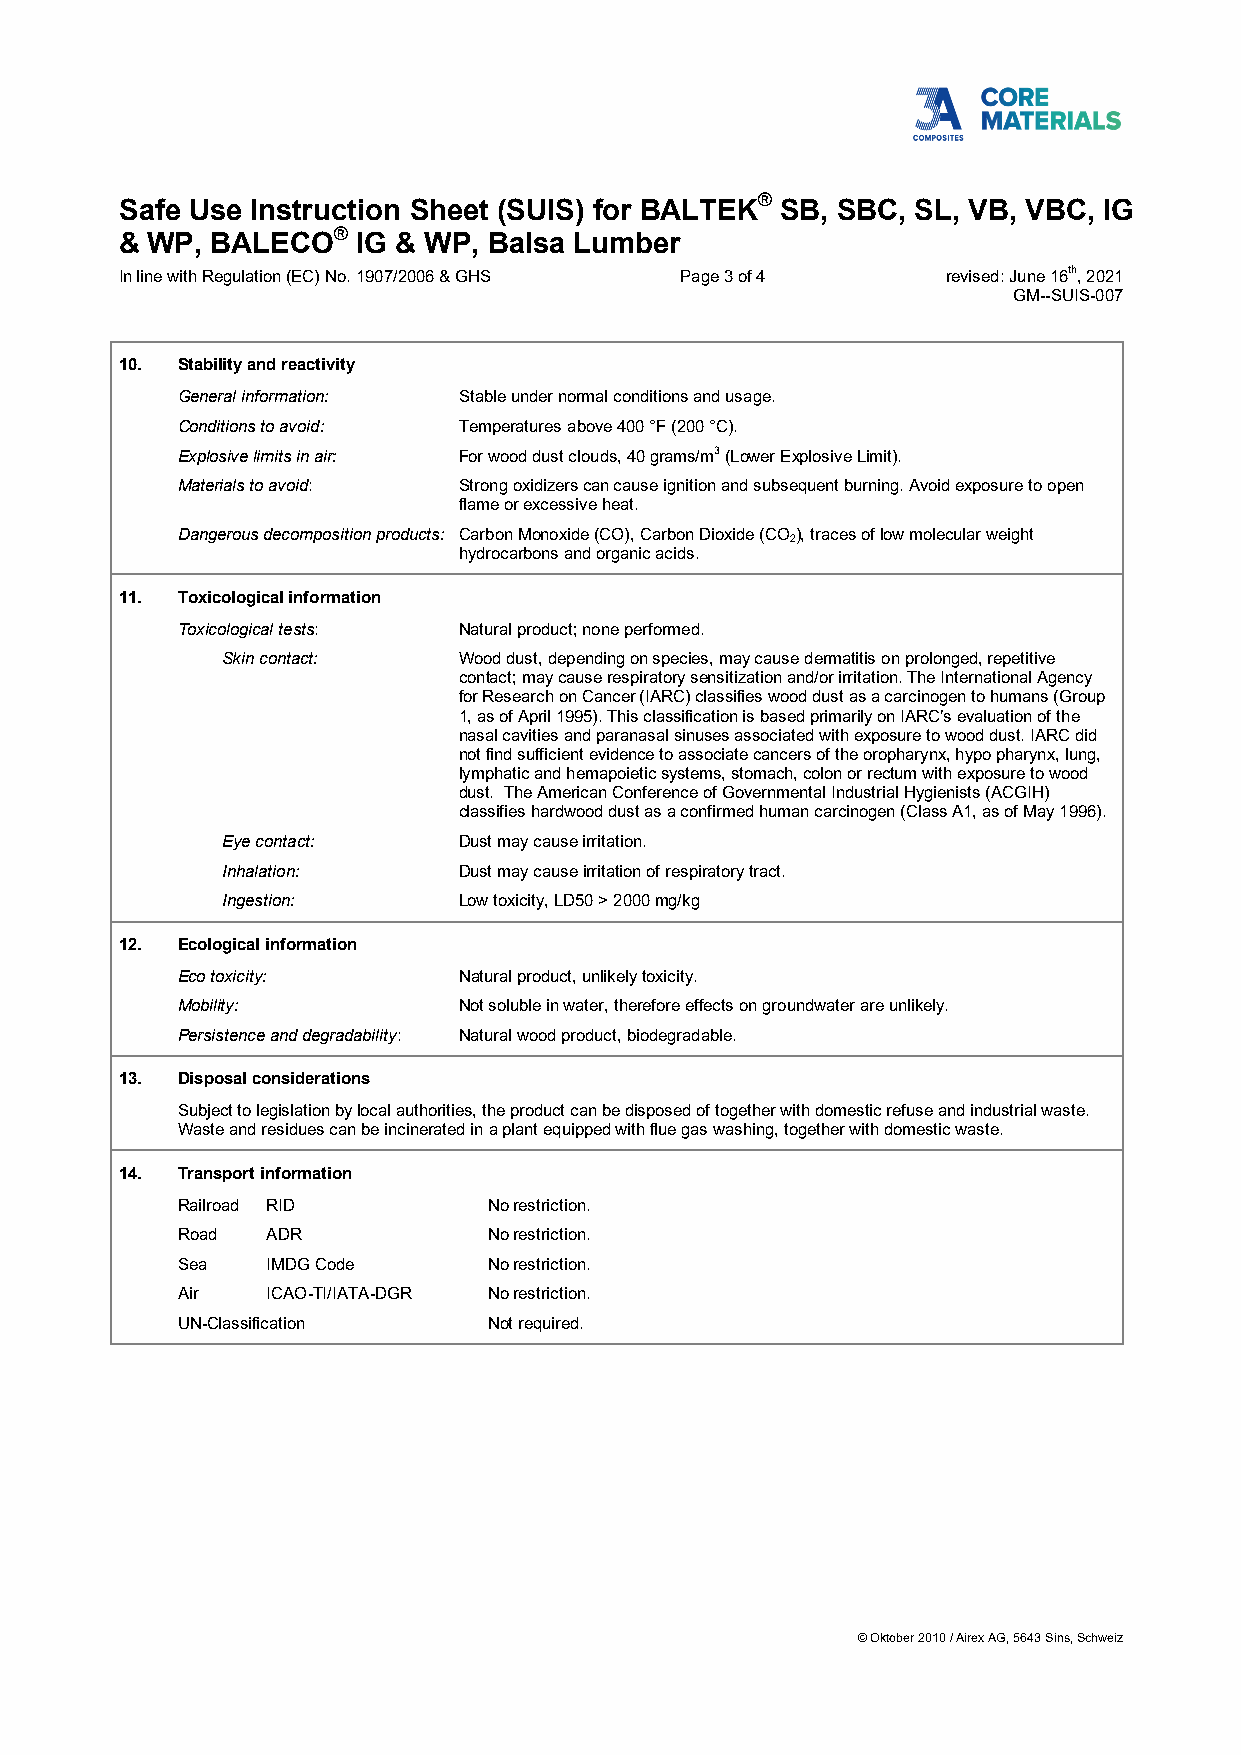
®
 Safe Use Instruction Sheet (SUIS) for BALTEK SB, SBC, SL, VB, VBC, IG
 ®
 & WP, BALECO    IG & WP, Balsa Lumber
 In line with Regulation (EC) No. 1907/2006 & GHS Page 3 of 4 revised: June 16th, 2021
 GM--SUIS-007
 10. Stability and reactivity
 General information: Stable under normal conditions and usage.
 Conditions to avoid: Temperatures above 400 °F (200 °C).
 Explosive limits in air: For wood dust clouds, 40 grams/m3 (Lower Explosive Limit).
 Materials to avoid: Strong oxidizers can cause ignition and subsequent burning. Avoid exposure to open
 flame or excessive heat.
 Dangerous decomposition products: Carbon Monoxide (CO), Carbon Dioxide (CO2), traces of low molecular weight
 hydrocarbons and organic acids.
 11. Toxicological information
 Toxicological tests: Natural product; none performed.
 Skin contact:  Wood dust, depending on species, may cause dermatitis on prolonged, repetitive
 contact; may cause respiratory sensitization and/or irritation. The International Agency
 for Research on Cancer (IARC) classifies wood dust as a carcinogen to humans (Group
 1, as of April 1995). This classification is based primarily on IARC’s evaluation of the
 nasal cavities and paranasal sinuses associated with exposure to wood dust. IARC did
 not find sufficient evidence to associate cancers of the oropharynx, hypo pharynx, lung,
 lymphatic and hemapoietic systems, stomach, colon or rectum with exposure to wood
 dust. The American Conference of Governmental Industrial Hygienists (ACGIH)
 classifies hardwood dust as a confirmed human carcinogen (Class A1, as of May 1996).
 Eye contact:   Dust may cause irritation.
 Inhalation:    Dust may cause irritation of respiratory tract.
 Ingestion:     Low toxicity, LD50 > 2000 mg/kg
 12. Ecological information
 Eco toxicity:     Natural product, unlikely toxicity.
 Mobility:         Not soluble in water, therefore effects on groundwater are unlikely.
 Persistence and degradability: Natural wood product, biodegradable.
 13. Disposal considerations
 Subject to legislation by local authorities, the product can be disposed of together with domestic refuse and industrial waste.
 Waste and residues can be incinerated in a plant equipped with flue gas washing, together with domestic waste.
 14. Transport information
 Railroad RID        No restriction.
 Road  ADR           No restriction.
 Sea   IMDG Code     No restriction.
 Air   ICAO-TI/IATA-DGR No restriction.
 UN-Classification   Not required.
 © Oktober 2010 / Airex AG, 5643 Sins, Schweiz